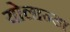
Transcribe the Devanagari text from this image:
योलान्डा